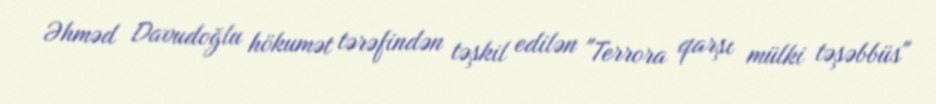
Əhməd Davudoğlu hökumət tərəfindən təşkil edilən "Terrora qarşı mülki təşəbbüs"